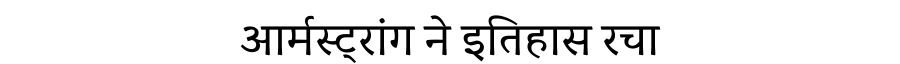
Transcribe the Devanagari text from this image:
आर्मस्ट्रांग ने इतिहास रचा